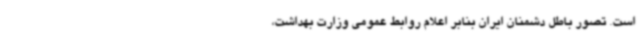
است. تصور باطل دشمنان ایران بنابر اعلام روابط عمومی وزارت بهداشت،